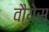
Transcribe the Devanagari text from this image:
वौयेस